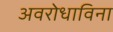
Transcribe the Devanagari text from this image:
अवरोधाविना